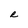
Character: R